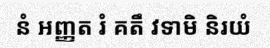
នំ អញ្ញត រំ គតឹ វទាមិ និរយំ